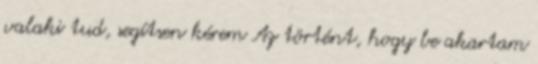
valaki tud, segítsen kérem Az történt, hogy be akartam